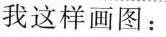
我这样画图：